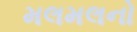
મલમલનો